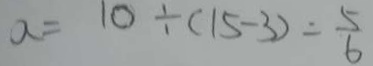
a = 1 0 \div ( 1 5 - 3 ) = \frac { 5 } { 6 }